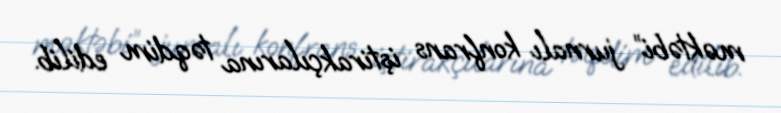
məktəbi” jurnalı konfrans iştirakçılarına təqdim edilib.